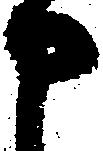
申